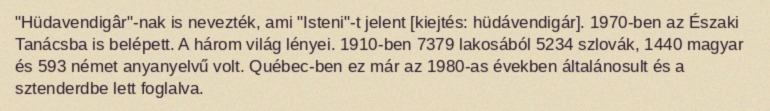
"Hüdavendigâr"-nak is nevezték, ami "Isteni"-t jelent [kiejtés: hüdávendigár]. 1970-ben az Északi Tanácsba is belépett. A három világ lényei. 1910-ben 7379 lakosából 5234 szlovák, 1440 magyar és 593 német anyanyelvű volt. Québec-ben ez már az 1980-as években általánosult és a sztenderdbe lett foglalva.